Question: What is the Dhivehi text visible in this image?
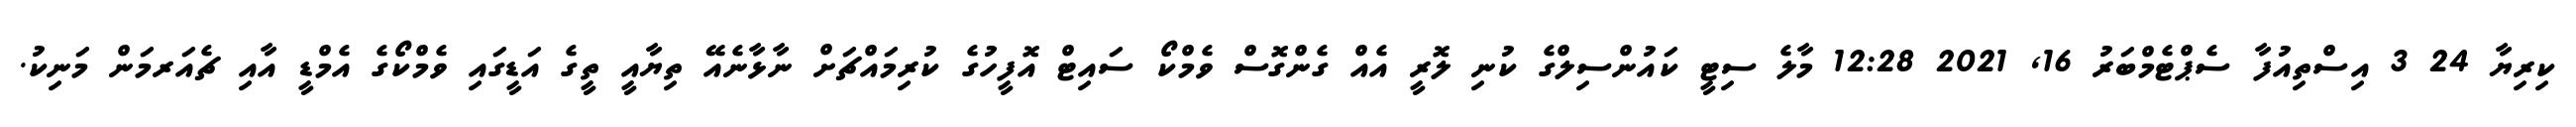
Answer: ކިރިޔާ 24 3 އިސްތިއުފާ ސެޕްޓެމްބަރު 16, 2021 12:28 މާލެ ސިޓީ ކައުންސިލްގެ ކުނި ލޮރީ އެއް ގެންގޮސް ވެމްކޯ ސައިޓް އޮފީހުގެ ކުރިމައްޗަށް ނާޅާނެއޭ ތިޔާއީ ތީގެ އަޑީގައި ވެމްކޯގެ އެމްޑީ އާއި ޗެއަރމަން މަނިކު.